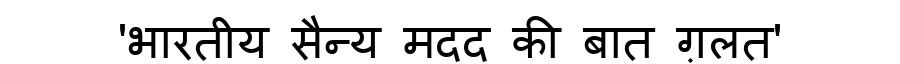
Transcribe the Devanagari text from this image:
'भारतीय सैन्य मदद की बात ग़लत'